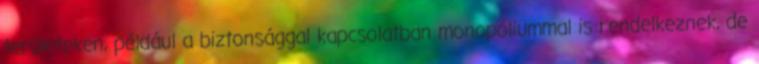
területeken, például a biztonsággal kapcsolatban monopóliummal is rendelkeznek, de